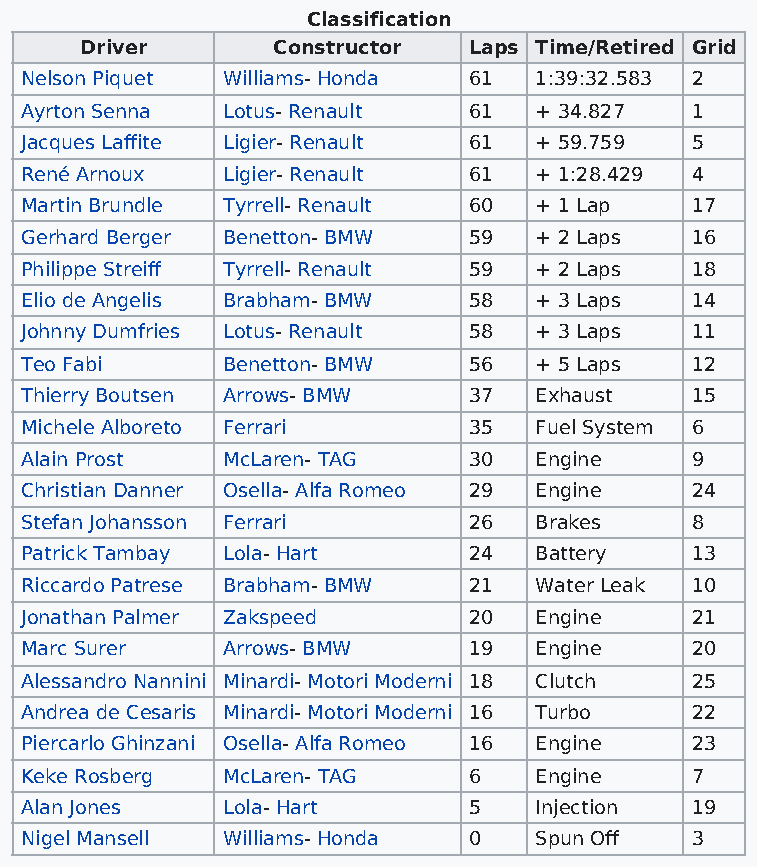
Classification
 Driver       Constructor  Laps Time/Retired Grid
 Nelson Piquet Williams- Honda 61  1:39:32.583 2
 Ayrton Senna  Lotus- Renault  61  + 34.827   1
 Jacques Laffite Ligier- Renault 61 + 59.759  5
 René Arnoux   Ligier- Renault 61  + 1:28.429 4
 Martin Brundle Tyrrell- Renault 60 + 1 Lap   17
 Gerhard Berger Benetton- BMW  59  + 2 Laps   16
 Philippe Streiff Tyrrell- Renault 59 + 2 Laps 18
 Elio de Angelis Brabham- BMW  58  + 3 Laps   14
 Johnny Dumfries Lotus- Renault 58 + 3 Laps   11
 Teo Fabi      Benetton- BMW   56  + 5 Laps   12
 Thierry Boutsen Arrows- BMW   37  Exhaust    15
 Michele Alboreto Ferrari      35  Fuel System 6
 Alain Prost   McLaren- TAG    30  Engine     9
 Christian Danner Osella- Alfa Romeo 29 Engine 24
 Stefan Johansson Ferrari      26  Brakes     8
 Patrick Tambay Lola- Hart     24  Battery    13
 Riccardo Patrese Brabham- BMW 21  Water Leak 10
 Jonathan Palmer Zakspeed      20  Engine     21
 Marc Surer    Arrows- BMW     19  Engine     20
 Alessandro Nannini Minardi- Motori Moderni 18 Clutch 25
 Andrea de Cesaris Minardi- Motori Moderni 16 Turbo 22
 Piercarlo Ghinzani Osella- Alfa Romeo 16 Engine 23
 Keke Rosberg  McLaren- TAG    6   Engine     7
 Alan Jones    Lola- Hart      5   Injection  19
 Nigel Mansell Williams- Honda 0   Spun Off   3